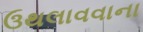
ઉથલાવવાના